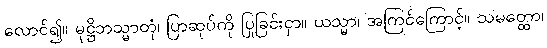
လောင်၍။ မုဋ္ဌိဘသ္မာတုံ၊ ပြာဆုပ်ကို ပြုခြင်းငှာ။ ယသ္မာ၊ အကြင်ကြောင့်။ သမတ္ထော၊